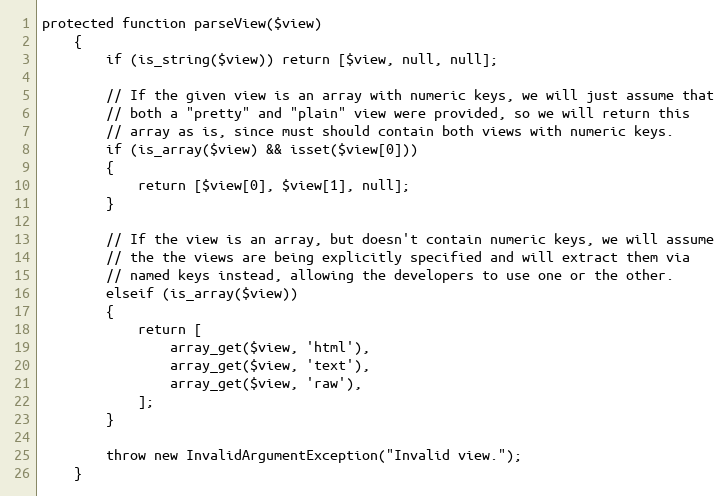
Language: PHP
protected function parseView($view)
	{
		if (is_string($view)) return [$view, null, null];

		// If the given view is an array with numeric keys, we will just assume that
		// both a "pretty" and "plain" view were provided, so we will return this
		// array as is, since must should contain both views with numeric keys.
		if (is_array($view) && isset($view[0]))
		{
			return [$view[0], $view[1], null];
		}

		// If the view is an array, but doesn't contain numeric keys, we will assume
		// the the views are being explicitly specified and will extract them via
		// named keys instead, allowing the developers to use one or the other.
		elseif (is_array($view))
		{
			return [
				array_get($view, 'html'),
				array_get($view, 'text'),
				array_get($view, 'raw'),
			];
		}

		throw new InvalidArgumentException("Invalid view.");
	}